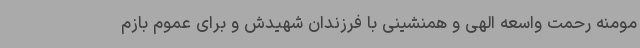
مومنه رحمت واسعه الهی و همنشینی با فرزندان شهیدش و برای عموم بازم